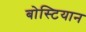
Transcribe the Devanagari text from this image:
बोस्टियान